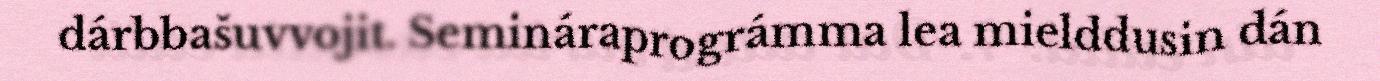
dárbbašuvvojit. Semináraprográmma lea mielddusin dán